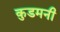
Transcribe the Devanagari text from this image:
कुडमनी